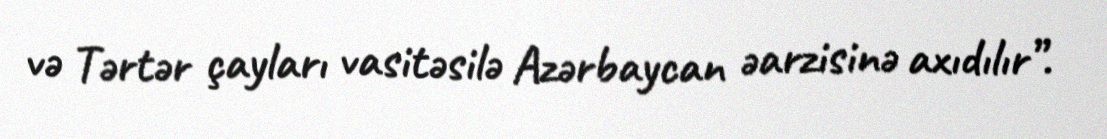
və Tərtər çayları vasitəsilə Azərbaycan əarzisinə axıdılır”.